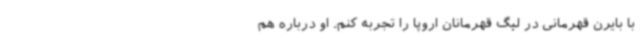
با بایرن قهرمانی در لیگ قهرمانان اروپا را تجربه کنم. او درباره هم